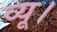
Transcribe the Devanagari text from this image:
व्यू।